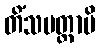
တိံသမတ္တာပိ